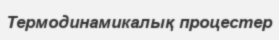
Термодинамикалық процестер